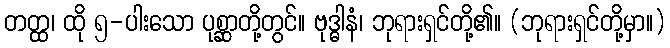
တတ္ထ၊ ထို ၅-ပါးသော ပုစ္ဆာတို့တွင်။ ဗုဒ္ဓါနံ၊ ဘုရားရှင်တို့၏။ (ဘုရားရှင်တို့မှာ။)